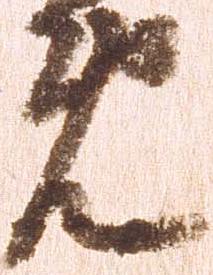
免